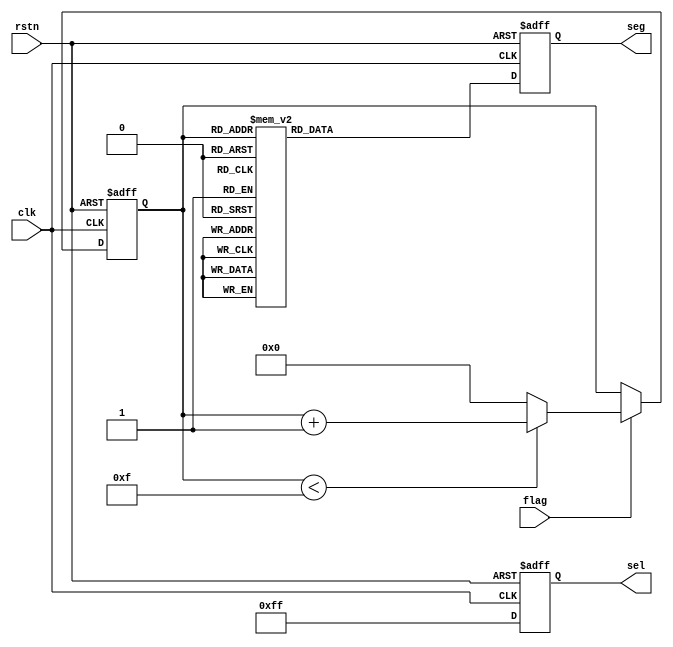
module segshow (
    input   wire            clk     ,
    input   wire            rstn    ,  
    input   wire            flag    , 

    output  reg     [7:0]   sel     ,
    output  reg     [7:0]   seg  
);
    
    reg     [3:0]       number      ;

    always @(posedge clk or negedge rstn)begin
        if(!rstn)//0
            sel <= 8'b0000_0000;//
        else 
            sel <= 8'b1111_1111;//
    end

    always @(posedge clk or negedge rstn)begin
        if(!rstn)
            number <= 4'h0;
        else if(flag)begin
            if(number < 4'hf)
                number <= number + 1'h1;
            else 
                number <= 4'h0;
        end
        else begin
            number <= number;
        end
    end

    always @(posedge clk or negedge rstn)begin
        if(!rstn)
            seg <= 8'b0;
        else begin
            case(number)//16
                4'h0:       seg <= 8'b1100_0000;//
                4'h1:       seg <= 8'b1111_1001;
                4'h2:       seg <= 8'b1010_0100;
                4'h3:       seg <= 8'b1011_0000;
                4'h4:       seg <= 8'b1001_1001;
                4'h5:       seg <= 8'b1001_0010;
                4'h6:       seg <= 8'b1000_0010;
                4'h7:       seg <= 8'b1111_1000;
                4'h8:       seg <= 8'b1000_0000;
                4'h9:       seg <= 8'b1001_0000;
                4'ha:       seg <= 8'b1000_1000;
                4'hb:       seg <= 8'b1000_0011;
                4'hc:       seg <= 8'b1100_0110;
                4'hd:       seg <= 8'b1010_0001;
                4'he:       seg <= 8'b1000_0110;
                4'hf:       seg <= 8'b1000_1110;
                default :   seg <= 8'b1100_0000;
            endcase
        end
    end

endmodule //segshow